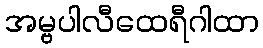
အမ္ဗပါလီထေရီဂါထာ